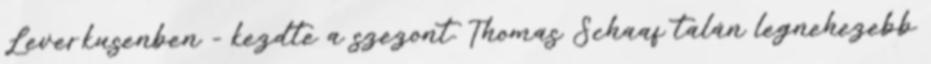
Leverkusenben - kezdte a szezont. Thomas Schaaf talán legnehezebb